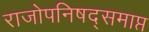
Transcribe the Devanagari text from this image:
राजोपनिषद्समाप्त